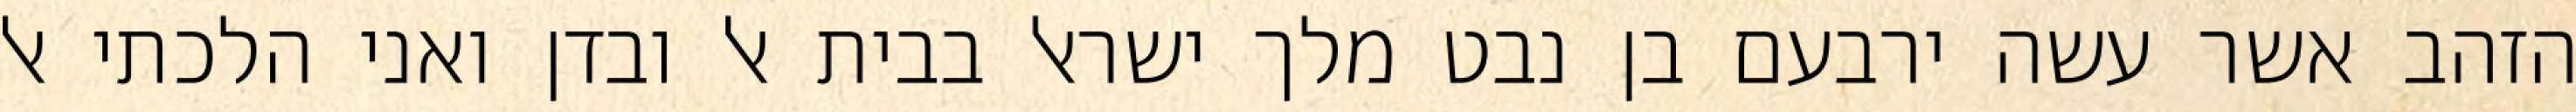
הזהב אשר עשה ירבעם בן נבט מלך ישראל בבית אל ובדן ואני הלכתי אל